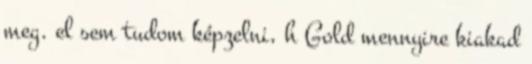
meg. el sem tudom képzelni, h Gold mennyire kiakad